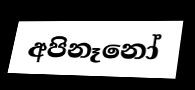
අපිනෑනෝ